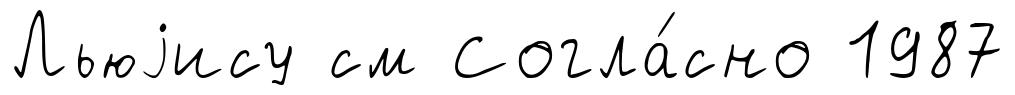
Льюjису см Согла́сно 1987